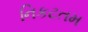
નિકટતમ